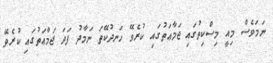
ނަމަވެސް މިއީ މިސްކިތުގައި ޖަމާޢަތުގައި ކުރެވޭ ހަނދުކޭތަ ނަމާދު ފަދަ ޖަމާޢަތުގައި ކުރެވޭ